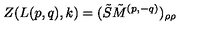
Z ( L ( p , q ) , k ) = ( \tilde { S } \tilde { M } ^ { ( p , - q ) } ) _ { \rho \rho }